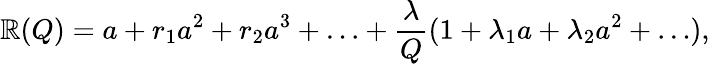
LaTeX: \mathbb{R}(Q)=a+r_{1}a^{2}+r_{2}a^{3}+\ldots+\frac{{\lambda}}{{Q}}(1+\lambda_{1}a+\lambda_{2}a^{2}+\ldots),